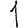
Digit: 1